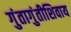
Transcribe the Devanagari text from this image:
गुंतागुंतीशिवाय